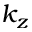
k _ { z }